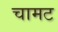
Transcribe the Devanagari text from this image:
चामट